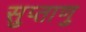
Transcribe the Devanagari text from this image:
सुप्ताणु